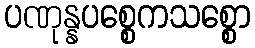
ပဏုန္နပစ္စေကသစ္စော